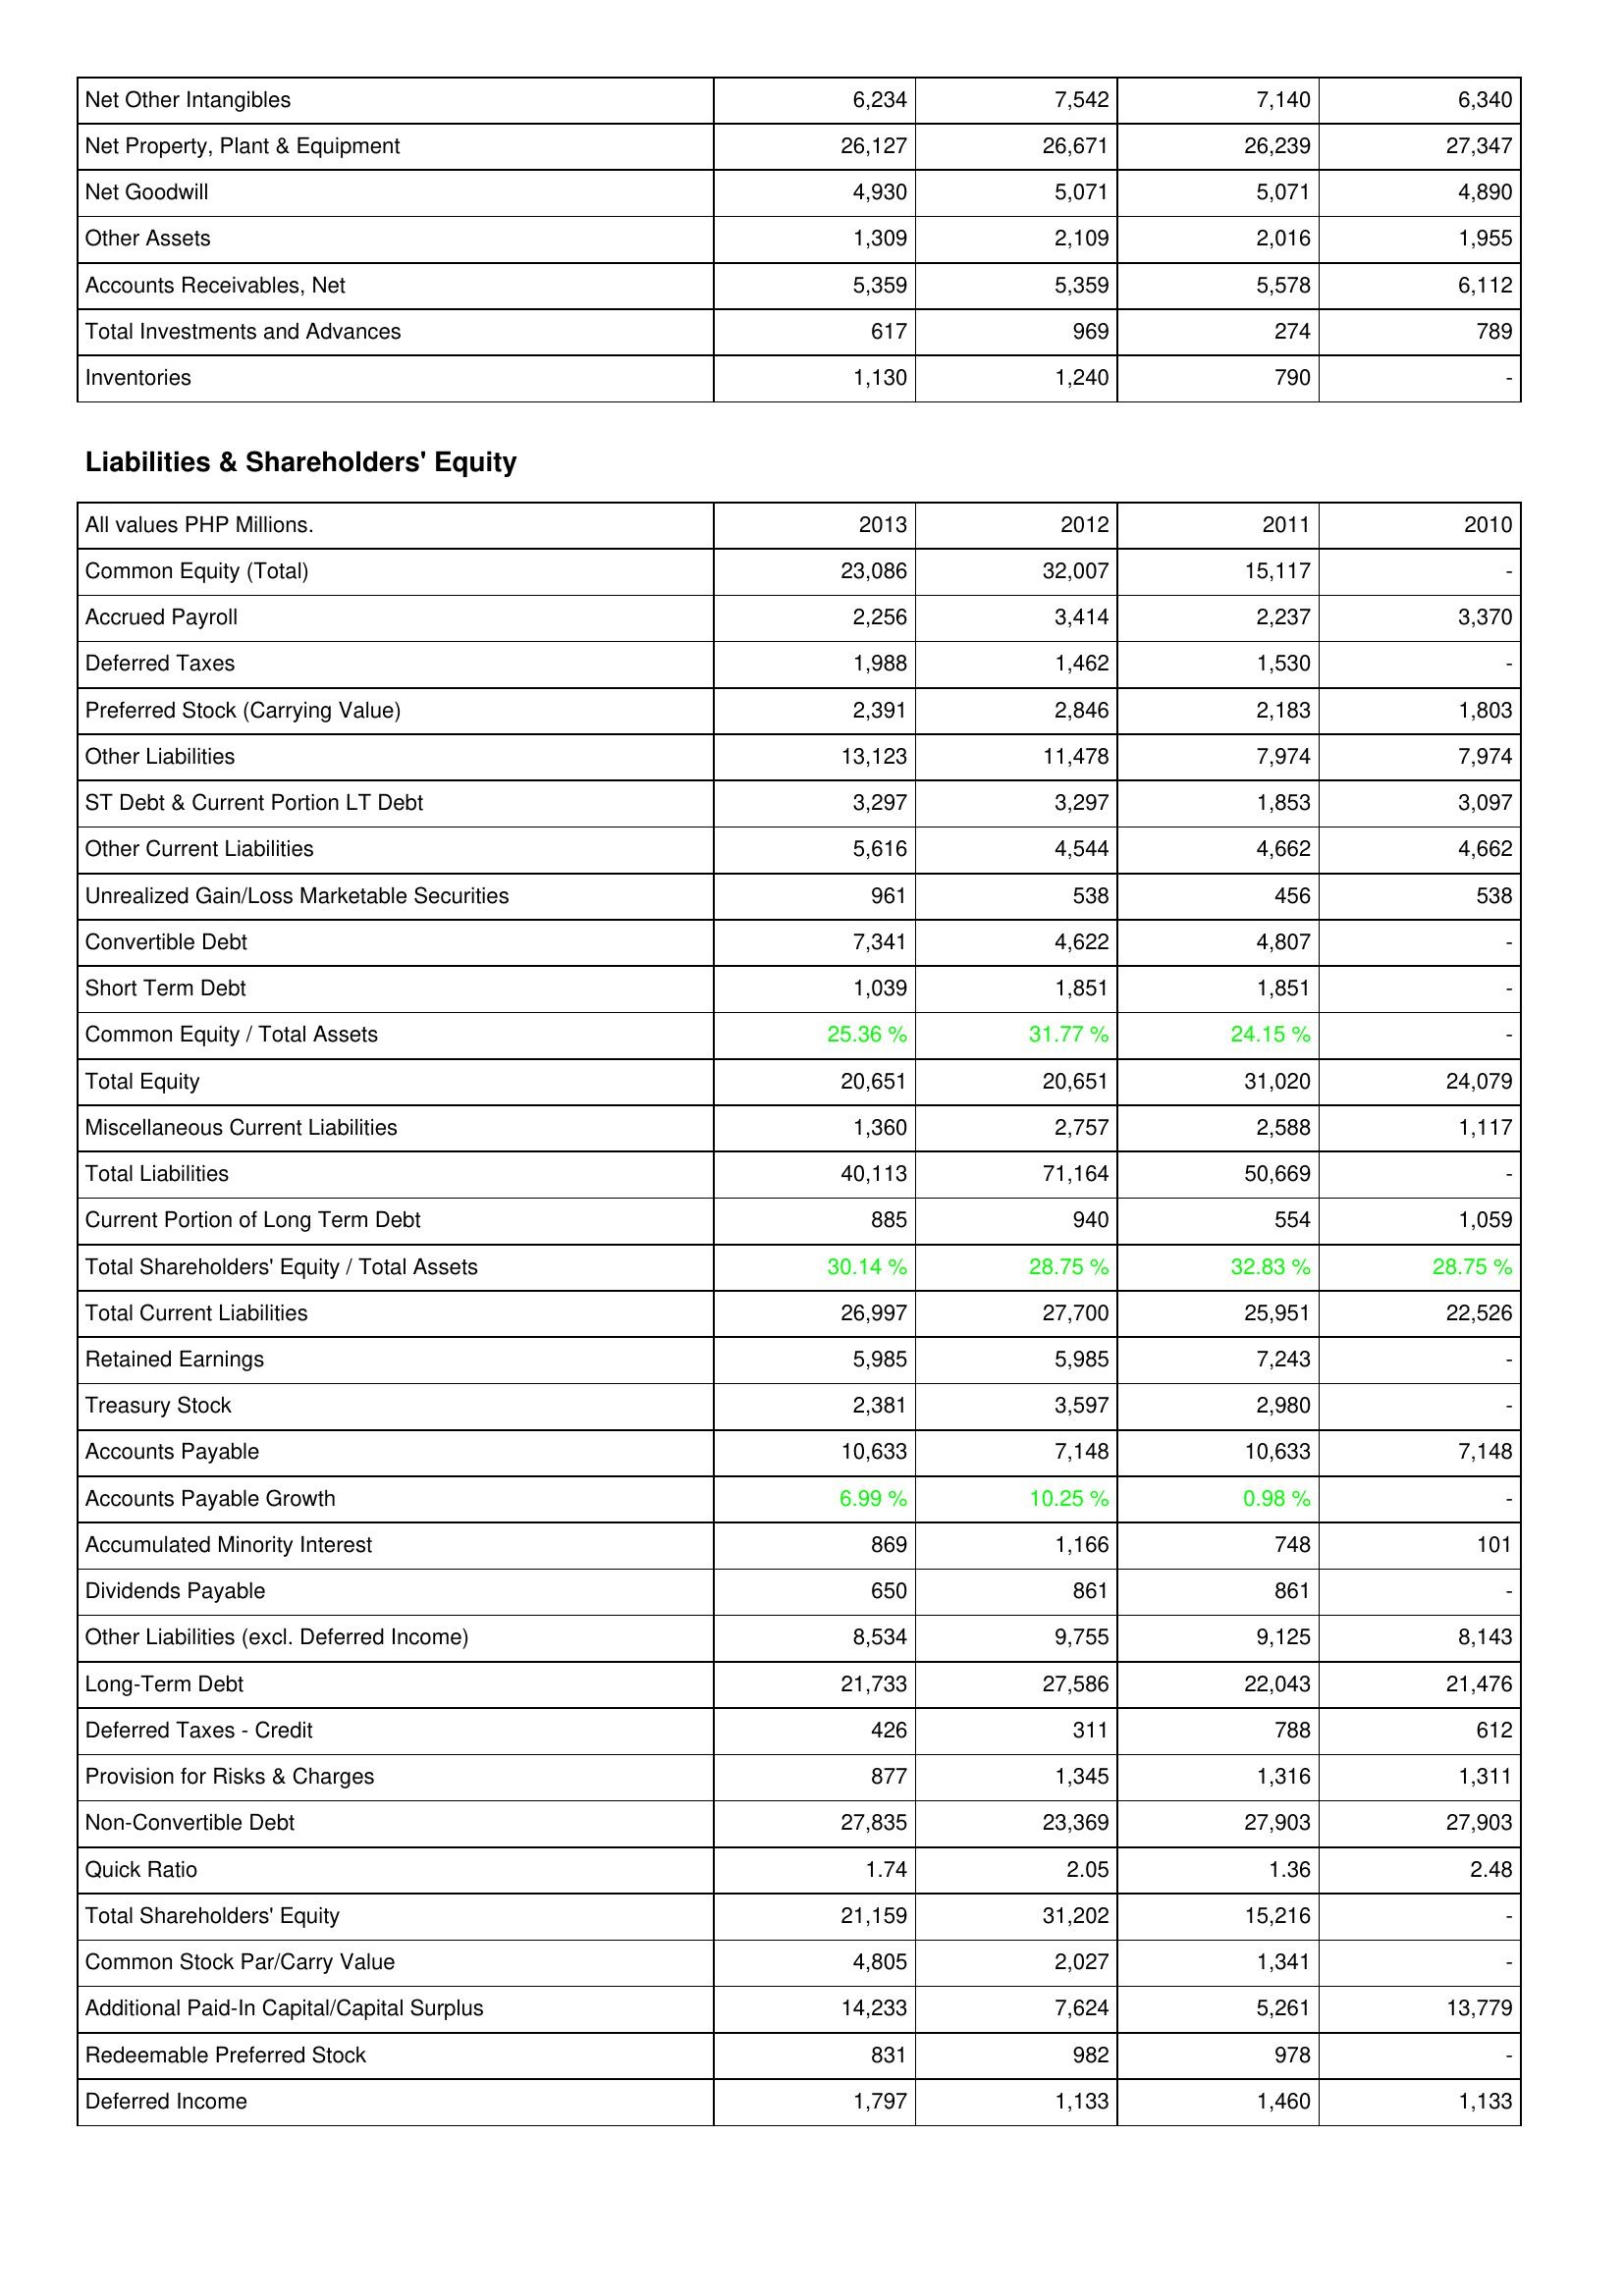
2013: Assets: Net Other Intangibles: 6,234
Net Property, Plant & Equipment: 26,127
Net Goodwill: 4,930
Other Assets: 1,309
Accounts Receivables, Net: 5,359
Total Investments and Advances: 617
Inventories: 1,130
Liabilities & Shareholders' Equity: Common Equity (Total): 23,086
Accrued Payroll: 2,256
Deferred Taxes: 1,988
Preferred Stock (Carrying Value): 2,391
Other Liabilities: 13,123
ST Debt & Current Portion LT Debt: 3,297
Other Current Liabilities: 5,616
Unrealized Gain/Loss Marketable Securities: 961
Convertible Debt: 7,341
Short Term Debt: 1,039
Common Equity / Total Assets: 25.36 %
Total Equity: 20,651
Miscellaneous Current Liabilities: 1,360
Total Liabilities: 40,113
Current Portion of Long Term Debt: 885
Total Shareholders' Equity / Total Assets: 30.14 %
Total Current Liabilities: 26,997
Retained Earnings: 5,985
Treasury Stock: 2,381
Accounts Payable: 10,633
Accounts Payable Growth: 6.99 %
Accumulated Minority Interest: 869
Dividends Payable: 650
Other Liabilities (excl. Deferred Income): 8,534
Long-Term Debt: 21,733
Deferred Taxes - Credit: 426
Provision for Risks & Charges: 877
Non-Convertible Debt: 27,835
Quick Ratio: 1.74
Total Shareholders' Equity: 21,159
Common Stock Par/Carry Value: 4,805
Additional Paid-In Capital/Capital Surplus: 14,233
Redeemable Preferred Stock: 831
Deferred Income: 1,797
2012: Assets: Net Other Intangibles: 7,542
Net Property, Plant & Equipment: 26,671
Net Goodwill: 5,071
Other Assets: 2,109
Accounts Receivables, Net: 5,359
Total Investments and Advances: 969
Inventories: 1,240
Liabilities & Shareholders' Equity: Common Equity (Total): 32,007
Accrued Payroll: 3,414
Deferred Taxes: 1,462
Preferred Stock (Carrying Value): 2,846
Other Liabilities: 11,478
ST Debt & Current Portion LT Debt: 3,297
Other Current Liabilities: 4,544
Unrealized Gain/Loss Marketable Securities: 538
Convertible Debt: 4,622
Short Term Debt: 1,851
Common Equity / Total Assets: 31.77 %
Total Equity: 20,651
Miscellaneous Current Liabilities: 2,757
Total Liabilities: 71,164
Current Portion of Long Term Debt: 940
Total Shareholders' Equity / Total Assets: 28.75 %
Total Current Liabilities: 27,700
Retained Earnings: 5,985
Treasury Stock: 3,597
Accounts Payable: 7,148
Accounts Payable Growth: 10.25 %
Accumulated Minority Interest: 1,166
Dividends Payable: 861
Other Liabilities (excl. Deferred Income): 9,755
Long-Term Debt: 27,586
Deferred Taxes - Credit: 311
Provision for Risks & Charges: 1,345
Non-Convertible Debt: 23,369
Quick Ratio: 2.05
Total Shareholders' Equity: 31,202
Common Stock Par/Carry Value: 2,027
Additional Paid-In Capital/Capital Surplus: 7,624
Redeemable Preferred Stock: 982
Deferred Income: 1,133
2011: Assets: Net Other Intangibles: 7,140
Net Property, Plant & Equipment: 26,239
Net Goodwill: 5,071
Other Assets: 2,016
Accounts Receivables, Net: 5,578
Total Investments and Advances: 274
Inventories: 790
Liabilities & Shareholders' Equity: Common Equity (Total): 15,117
Accrued Payroll: 2,237
Deferred Taxes: 1,530
Preferred Stock (Carrying Value): 2,183
Other Liabilities: 7,974
ST Debt & Current Portion LT Debt: 1,853
Other Current Liabilities: 4,662
Unrealized Gain/Loss Marketable Securities: 456
Convertible Debt: 4,807
Short Term Debt: 1,851
Common Equity / Total Assets: 24.15 %
Total Equity: 31,020
Miscellaneous Current Liabilities: 2,588
Total Liabilities: 50,669
Current Portion of Long Term Debt: 554
Total Shareholders' Equity / Total Assets: 32.83 %
Total Current Liabilities: 25,951
Retained Earnings: 7,243
Treasury Stock: 2,980
Accounts Payable: 10,633
Accounts Payable Growth: 0.98 %
Accumulated Minority Interest: 748
Dividends Payable: 861
Other Liabilities (excl. Deferred Income): 9,125
Long-Term Debt: 22,043
Deferred Taxes - Credit: 788
Provision for Risks & Charges: 1,316
Non-Convertible Debt: 27,903
Quick Ratio: 1.36
Total Shareholders' Equity: 15,216
Common Stock Par/Carry Value: 1,341
Additional Paid-In Capital/Capital Surplus: 5,261
Redeemable Preferred Stock: 978
Deferred Income: 1,460
2010: Assets: Net Other Intangibles: 6,340
Net Property, Plant & Equipment: 27,347
Net Goodwill: 4,890
Other Assets: 1,955
Accounts Receivables, Net: 6,112
Total Investments and Advances: 789
Inventories: -
Liabilities & Shareholders' Equity: Common Equity (Total): -
Accrued Payroll: 3,370
Deferred Taxes: -
Preferred Stock (Carrying Value): 1,803
Other Liabilities: 7,974
ST Debt & Current Portion LT Debt: 3,097
Other Current Liabilities: 4,662
Unrealized Gain/Loss Marketable Securities: 538
Convertible Debt: -
Short Term Debt: -
Common Equity / Total Assets: -
Total Equity: 24,079
Miscellaneous Current Liabilities: 1,117
Total Liabilities: -
Current Portion of Long Term Debt: 1,059
Total Shareholders' Equity / Total Assets: 28.75 %
Total Current Liabilities: 22,526
Retained Earnings: -
Treasury Stock: -
Accounts Payable: 7,148
Accounts Payable Growth: -
Accumulated Minority Interest: 101
Dividends Payable: -
Other Liabilities (excl. Deferred Income): 8,143
Long-Term Debt: 21,476
Deferred Taxes - Credit: 612
Provision for Risks & Charges: 1,311
Non-Convertible Debt: 27,903
Quick Ratio: 2.48
Total Shareholders' Equity: -
Common Stock Par/Carry Value: -
Additional Paid-In Capital/Capital Surplus: 13,779
Redeemable Preferred Stock: -
Deferred Income: 1,133